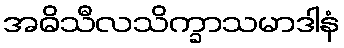
အဓိသီလသိက္ခာသမာဒါနံ